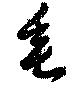
垂